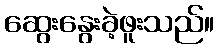
ဆွေးနွေးခဲ့ဖူးသည်။